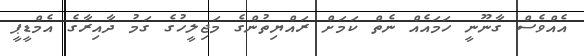
އެއްވެސް ގާނޫނީ ހަމައެއް ނެތް ކަމަށް ރައްޔިތުންގެ މަޖިލީހުގެ ގަމު ދާއިރާގެ އެމްޑީޕީ